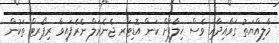
މާލިއްޔަތު ގަވާއިދާއި ވެސް ޚިލާފަށް ކަން އޮޑިޓަރ ޖެނެރަލް ނެރެފައިވާ ރިޕޯރޓް ތަކުން